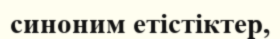
синоним етістіктер,